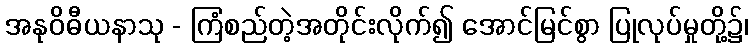
အနုဝိဓီယနာသု - ကြံစည်တဲ့အတိုင်းလိုက်၍ အောင်မြင်စွာ ပြုလုပ်မှုတို့၌၊